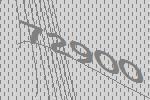
72900